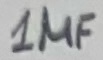
Text: 1µF